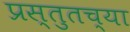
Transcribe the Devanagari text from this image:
प्रस्तुतच्या